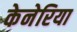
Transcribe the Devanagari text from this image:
केनेरिया